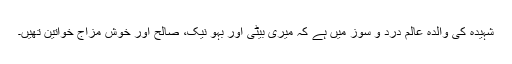
شہیدہ کی والدہ عالم درد و سوز میں ہے کہ میری بیٹی اور بہو نیک، صالح اور خوش مزاج خواتین تھیں۔